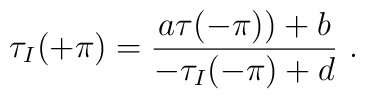
\tau_I(+\pi)=\frac{a\tau(-\pi))+b}{-\tau_I(-\pi)+d}~.